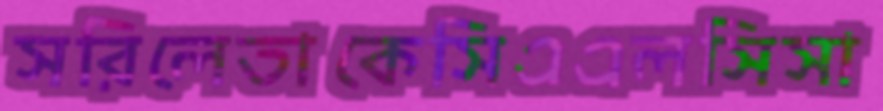
সরিলেতাকেসিএএলসিসা